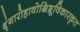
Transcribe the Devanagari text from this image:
श्रृंगारोहावोक्षिभ्रूविकारकृत